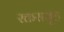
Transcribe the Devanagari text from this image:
रक्तसमूह